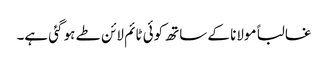
غالبا ًمولانا کے ساتھ کوئی ٹائم لائن طے ہو گئی ہے۔